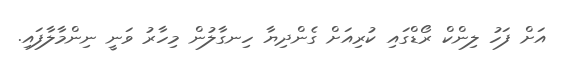
އަށް ފަހު ލިންކް ރޯޑްގައި ކުރިއަށް ގެންދިޔާ ހިނގާލުން މިހާރު ވަނީ ނިންމާލާފައި.